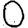
Digit: 0